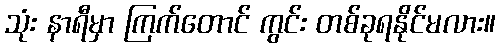
သုံး နာရီမှာ ကြက်တောင် ကွင်း တစ်ခုရနိုင်မလား။